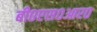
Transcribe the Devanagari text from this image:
बी०एस०आर०